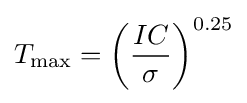
T_{\mathrm {max} }=\left({\frac {IC}{\sigma }}\right)^{0.25}